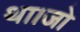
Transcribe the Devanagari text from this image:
था।जो